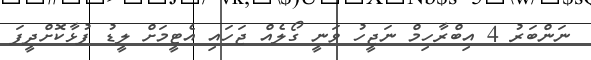
ނަންބަރު 4 އިބްރާހިމް ނަޖީހު ވަނީ ގޯލެއް ޖަހައި އެޓީމަށް ލީޑު ފުޅާކޮށްދީފަ